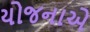
યોજનાએ